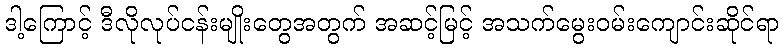
ဒါ့ကြောင့် ဒီလိုလုပ်ငန်းမျိုးတွေအတွက် အဆင့်မြင့် အသက်မွေးဝမ်းကျောင်းဆိုင်ရာ